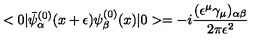
< 0 | { \bar { \psi } } _ { \alpha } ^ { ( 0 ) } ( x + \epsilon ) \psi _ { \beta } ^ { ( 0 ) } ( x ) | 0 > = - i { \frac { ( \epsilon ^ { \mu } \gamma _ { \mu } ) _ { \alpha \beta } } { 2 \pi \epsilon ^ { 2 } } }